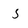
Character: 5